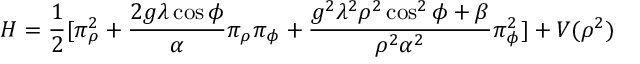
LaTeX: H = \frac { 1 } { 2 } [ \pi _ { \rho } ^ { 2 } + \frac { 2 g \lambda \cos \phi } { \alpha } \pi _ { \rho } \pi _ { \phi } + \frac { g ^ { 2 } \lambda ^ { 2 } \rho ^ { 2 } \cos ^ { 2 } \phi + \beta } { \rho ^ { 2 } \alpha ^ { 2 } } \pi _ { \phi } ^ { 2 } ] + V ( \rho ^ { 2 } )